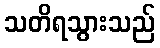
သတိရသွားသည်